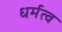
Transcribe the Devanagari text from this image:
धर्मत्व